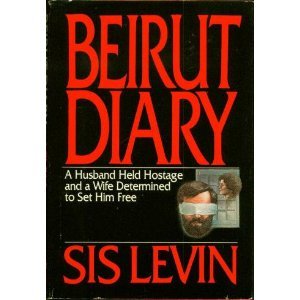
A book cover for Beirut Diary: A Husband Held Hostage and a Wife Determined to Set Him Free; Sis Levin; Travel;